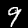
Digit: 9